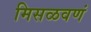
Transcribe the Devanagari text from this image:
मिसळवणं